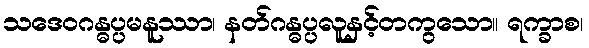
သဒေဝဂန္ဓပ္ပမနူဿာ၊ နတ်ဂန္ဓပ္ပလူနှင့်တကွသော။ ရက္ခာစ၊